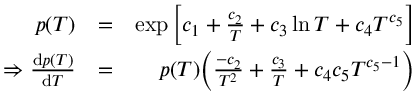
\begin{array} { r l r } { p ( T ) } & { = } & { \exp \bigg [ c _ { 1 } + \frac { c _ { 2 } } { T } + c _ { 3 } \ln T + c _ { 4 } T ^ { c _ { 5 } } \bigg ] } \\ { \Rightarrow \frac { \mathrm { d } p ( T ) } { \mathrm { d } T } } & { = } & { p ( T ) \bigg ( \frac { - c _ { 2 } } { T ^ { 2 } } + \frac { c _ { 3 } } { T } + c _ { 4 } c _ { 5 } T ^ { c _ { 5 } - 1 } \bigg ) } \end{array}